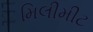
મિલીમીટ